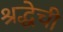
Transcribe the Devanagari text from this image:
श्रद्धेची